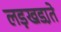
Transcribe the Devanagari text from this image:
लड़खडा़ते